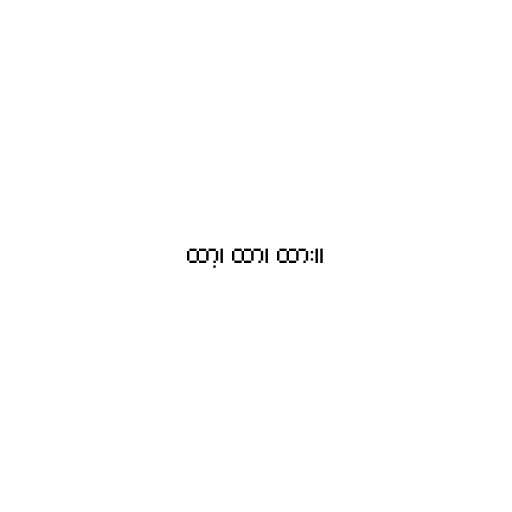
ထာ့၊ ထာ၊ ထား။